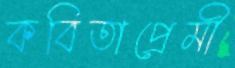
কবিতাপ্রেমী